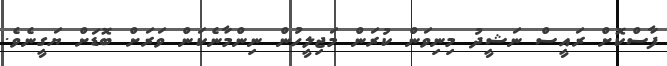
ފާސްކޮށް ރައީސް ނަޝީދު މިނިވަން ކުރަން މަޖިލީހުން ނިންމާނެކަން ވަރަށް ބޮޑަށް ޔަގީނެވެ.